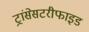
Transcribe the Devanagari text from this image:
ट्रांसेसटरीफाइड